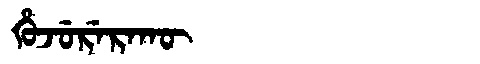
Manchu: ᡥᡠᠵᡠᡵᡝᡵᠠᡴᡡ
Romanization: HUJURERAKŪ